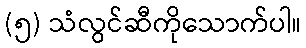
(၅) သံလွင်ဆီကိုသောက်ပါ။